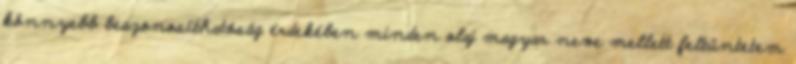
könnyebb beazonosíthatóság érdekében minden olaj magyar neve mellett feltüntetem